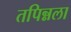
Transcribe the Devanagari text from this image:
तपिन्नला